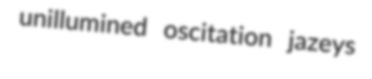
unillumined oscitation jazeys